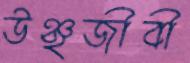
উঞ্ছজীবী